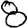
Digit: 8